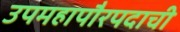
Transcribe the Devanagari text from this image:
उपमहापौरपदाची